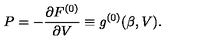
P = - \frac { \partial F ^ { ( 0 ) } } { \partial V } \equiv g ^ { ( 0 ) } ( \beta , V ) .